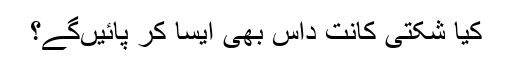
کیا شکتی کانت داس بھی ایسا کر پائیں‌گے؟